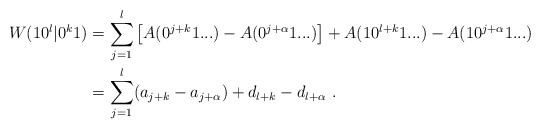
\begin{align*}W(10^l|0^k1) &= \sum_{j=1}^l \left[ A(0^{j+k}1...) - A(0^{j+\alpha}1...) \right] + A (10^{l+k}1...) - A(10^{j+\alpha}1...) \\&= \sum_{j=1}^l (a_{j+k} - a_{j+\alpha}) + d_{l+k} - d_{l+\alpha} \ .\end{align*}